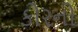
કોરનો